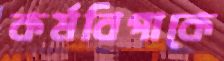
কর্মবিপাকে